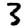
Digit: 3